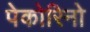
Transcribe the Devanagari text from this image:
पेकोरिनो